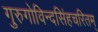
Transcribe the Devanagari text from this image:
गुरुगोविन्दसिंहचरितम्